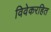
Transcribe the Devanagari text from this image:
विवेकरहित